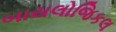
બાયલોજિકલ